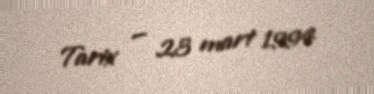
Tarix — 23 mart 1994